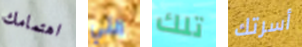
اهتمامك التي تلك أسرتك